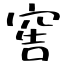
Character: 窖